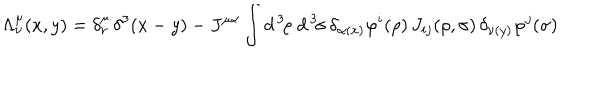
LaTeX: \Lambda _ { \nu } ^ { \mu } ( x , y ) = \delta _ { \nu } ^ { \mu } \, \delta ^ { 3 } ( x - y ) - J ^ { \mu \alpha } \int d ^ { \, 3 } \! \rho \; d ^ { \, 3 } \! \sigma \, \delta _ { \alpha ( x ) } \varphi ^ { i } ( \rho ) \, J _ { i j } ( \rho , \sigma ) \, \delta _ { \nu ( y ) } \varphi ^ { j } ( \sigma )